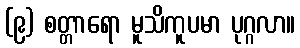
(၉) စတ္တာရော မူသိကူပမာ ပုဂ္ဂလာ။